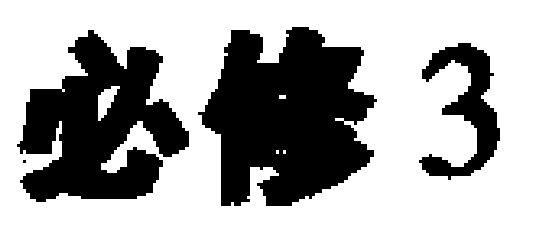
必修3